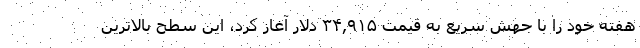
هفته خود را با جهش سریع به قیمت ۳۴,۹۱۵ دلار آغاز کرد، این سطح بالاترین